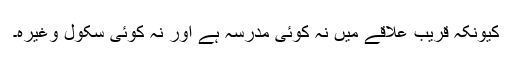
کیونکہ قریب علاقے میں نہ کوئی مدرسہ ہے اور نہ کوئی سکول وغیرہ۔